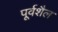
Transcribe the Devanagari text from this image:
पूर्वशैल